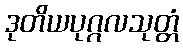
ဒုတိယပုဂ္ဂလသုတ္တံ